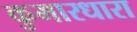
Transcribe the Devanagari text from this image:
कुमारधारा